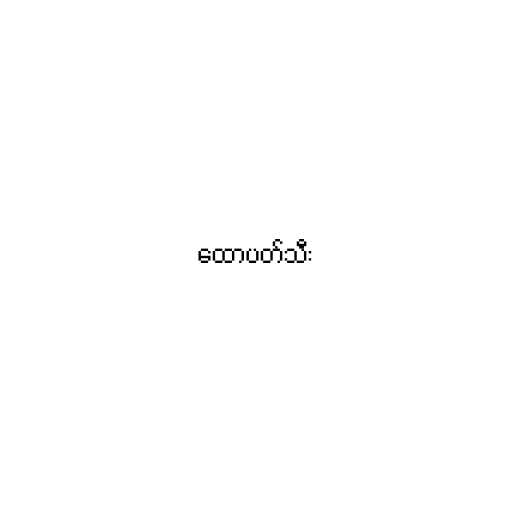
ထောပတ်သီး